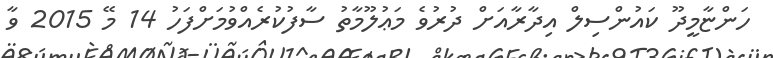
ހަންޏާމީދޫ ކައުންސިލް އިދާރާއަށް ދުރުވެ މަޢުލޫމާތު ސާފުކުރެއްވުމަށްފަހު 14 މޭ 2015 ވާ